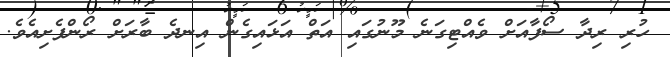
ހުރި ރިދާ ސޯފާއަށް ވެއްޓިގަނެ މޫނުގައި އަތް އަޅައިގެން އިނދެ ބާރަށް ރޯންފެށިއެވެ.